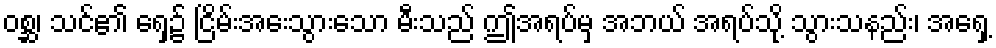
ဝစ္ဆ၊ သင်၏ ရှေ့၌ ငြိမ်းအေးသွားသော မီးသည် ဤအရပ်မှ အဘယ် အရပ်သို့ သွားသနည်း၊ အရှေ့